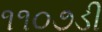
૧૧૦૭ડી